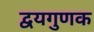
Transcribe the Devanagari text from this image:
द्वयगुणक